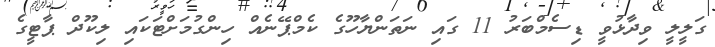
ގަލީލީ ވިދާޅުވީ ޑިސެމްބަރު 11 ގައި ނަތަންޔާހޫގެ ކެމްޕޭނެއް ހިންގުމަށްޓަކައި ލިކޫދް ޕާޓީގެ